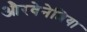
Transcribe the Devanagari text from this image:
औरवेनेशिया